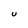
Character: U